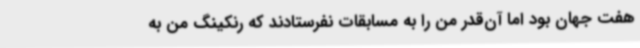
هفت جهان بود اما آن‌قدر من را به مسابقات نفرستادند که رنکینگ من به